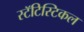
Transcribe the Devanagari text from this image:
स्टॅटिस्टिकल